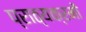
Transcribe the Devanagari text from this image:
प्राठ्यक्रमों